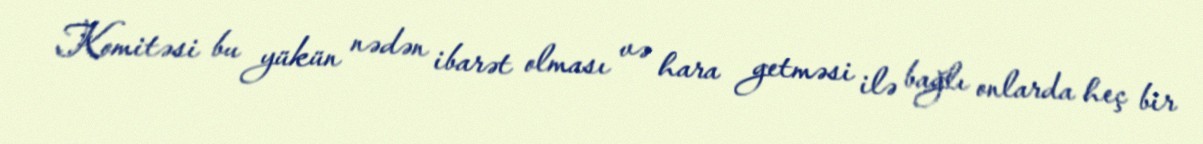
Komitəsi bu yükün nədən ibarət olması və hara getməsi ilə bağlı onlarda heç bir